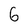
Character: 6